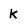
Character: K